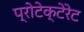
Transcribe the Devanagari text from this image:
प्रोटेक्टेरेट